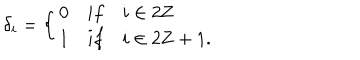
LaTeX: \delta _ { i } = \left\{ \begin{array} { l l } { { 0 } } & { { i f \quad i \in 2 { \bf Z } } } \\ { { 1 } } & { { i f \quad i \in 2 { \bf Z } + 1 . } } \\ \end{array} \right.